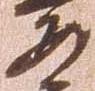
安